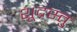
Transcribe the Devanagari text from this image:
शूद्रस्तु